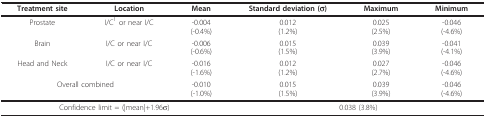
<table><thead><tr><td><b>Treatment site</b></td><td><b>Location</b></td><td><b>Mean</b></td><td><b>Standard deviation (σ)</b></td><td><b>Maximum</b></td><td><b>Minimum</b></td></tr></thead><tbody><tr><td>Prostate</td><td>I/C<sup>1 </sup>or near I/C</td><td>-0.004(-0.4%)</td><td>0.012(1.2%)</td><td>0.025(2.5%)</td><td>-0.046(-4.6%)</td></tr><tr><td>Brain</td><td>I/C or near I/C</td><td>-0.006(-0.6%)</td><td>0.015(1.5%)</td><td>0.039(3.9%)</td><td>-0.041(-4.1%)</td></tr><tr><td>Head and Neck</td><td>I/C or near I/C</td><td>-0.016(-1.6%)</td><td>0.012(1.2%)</td><td>0.027(2.7%)</td><td>-0.046(-4.6%)</td></tr><tr><td colspan="2">Overall combined</td><td>-0.010(-1.0%)</td><td>0.015(1.5%)</td><td>0.039(3.9%)</td><td>-0.046(-4.6%)</td></tr><tr><td colspan="3">Confidence limit = (|mean|+1.96σ)</td><td colspan="3">0.038 (3.8%)</td></tr></tbody></table>